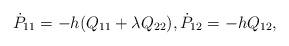
LaTeX: \begin{align*} \dot{P}_{11} = - h (Q_{11}+\lambda Q_{22}) , \dot{P}_{12} = - h Q_{12} ,\end{align*}